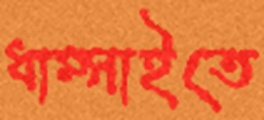
ধাম্‌সাইতে